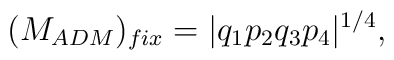
(M_{ADM})_{fix}=|q_1p_2q_3p_4|^{1/4},